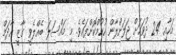
މަހާއި 24 ދުވަހަށް ޖަލަށްލާން ހުކުމްކޮށްފައެވެ. މި މައްސަލަ ބެއްލެވީ ގާޒީ އާދަމް